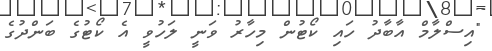
"އިސްލާމް އާބާދު ހައި ކޯޓުން މިހާރު ވަނީ ލަހުވީ އެ ކޯޓުގެ ބަންދުގެ